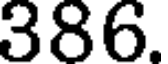
386.